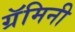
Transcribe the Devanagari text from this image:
ग्रॅमिनी